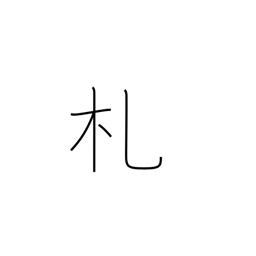
Meaning: placard